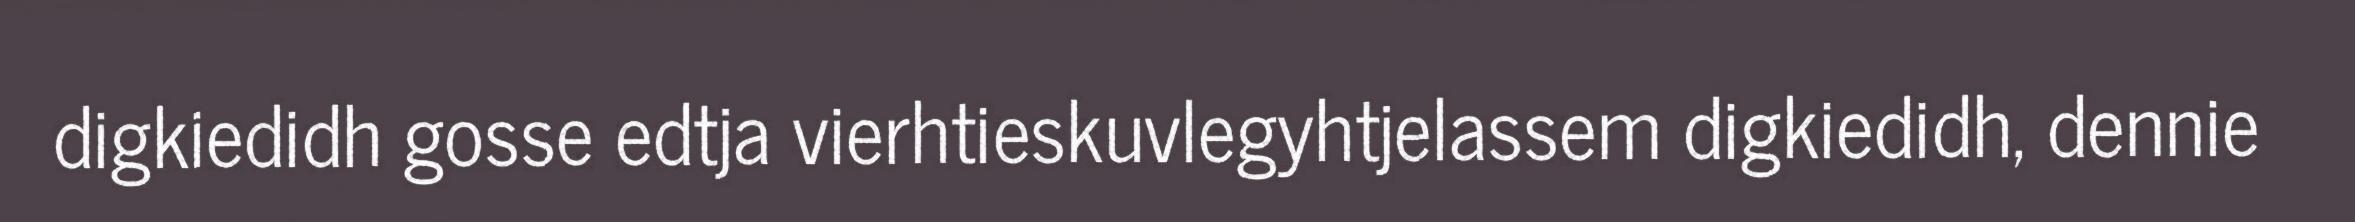
digkiedidh gosse edtja vierhtieskuvlegyhtjelassem digkiedidh, dennie